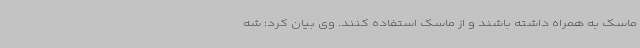
ماسک به همراه داشته باشند و از ماسک استفاده کنند. وی بیان کرد: شه